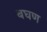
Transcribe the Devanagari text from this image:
बघण